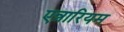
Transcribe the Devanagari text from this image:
एन्नारियम